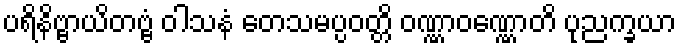
ပရိနိဗ္ဗာယိတဗ္ဗံ ဝါသနံ တေသမပ္ပဝတ္တိ ဝဏ္ဏာဝဏ္ဏောတိ ပုညက္ခယာ